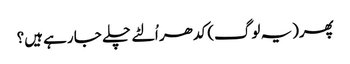
پھر(یہ لوگ) کدھر اُلٹے چلے جا رہے ہیں؟